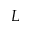
L